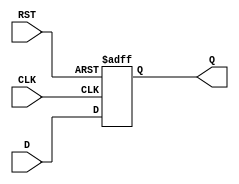
module stage_register #(
    parameter DATA_WIDTH = 8  // Specify the width of the data input/output
)(
    input wire [DATA_WIDTH-1:0] D,  // Data Input
    input wire CLK,                  // Clock
    input wire RST,                  // Reset
    output reg [DATA_WIDTH-1:0] Q    // Data Output
);

    // Sequential logic for the stage register
    always @(posedge CLK or posedge RST) begin
        if (RST) begin
            Q <= {DATA_WIDTH{1'b0}};   // Clear the register on reset
        end else begin
            Q <= D;                    // Capture data on clock edge
        end
    end

endmodule